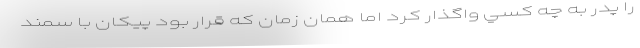
را پدر به چه كسي واگذار كرد اما همان زمان كه قرار بود پيكان با سمند